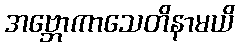
အဗ္ဘောကာသေတိနာမယိ